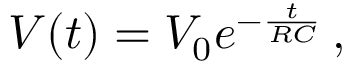
V ( t ) = V _ { 0 } e ^ { - { \frac { t } { R C } } } \, ,